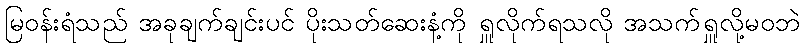
မြဝန်းရံသည် အခုချက်ချင်းပင် ပိုးသတ်ဆေးနံ့ကို ရှူလိုက်ရသလို အသက်ရှူလို့မဝဘဲ